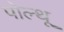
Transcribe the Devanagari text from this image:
पोल्थू